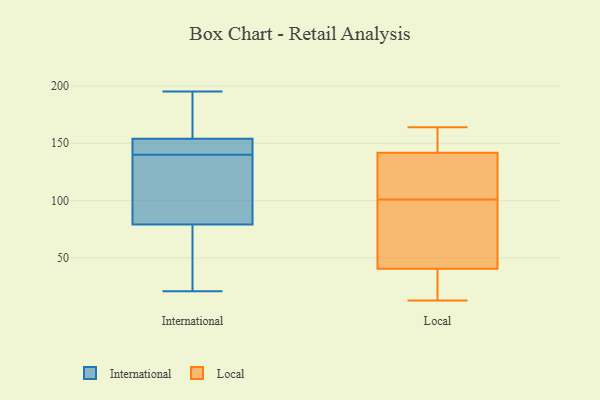
{"axis": {"x": "Waste Production (Tons)", "y": "Value"}, "legend": ["International", "Local"], "data": [{"x": "", "y": 180, "type": "International"}, {"x": "", "y": 68, "type": "International"}, {"x": "", "y": 140, "type": "International"}, {"x": "", "y": 83, "type": "International"}, {"x": "", "y": 195, "type": "International"}, {"x": "", "y": 154, "type": "International"}, {"x": "", "y": 148, "type": "International"}, {"x": "", "y": 154, "type": "International"}, {"x": "", "y": 25, "type": "International"}, {"x": "", "y": 84, "type": "International"}, {"x": "", "y": 127, "type": "International"}, {"x": "", "y": 21, "type": "International"}, {"x": "", "y": 140, "type": "International"}, {"x": "", "y": 139, "type": "Local"}, {"x": "", "y": 24, "type": "Local"}, {"x": "", "y": 150, "type": "Local"}, {"x": "", "y": 118, "type": "Local"}, {"x": "", "y": 39, "type": "Local"}, {"x": "", "y": 41, "type": "Local"}, {"x": "", "y": 101, "type": "Local"}, {"x": "", "y": 164, "type": "Local"}, {"x": "", "y": 81, "type": "Local"}, {"x": "", "y": 111, "type": "Local"}, {"x": "", "y": 68, "type": "Local"}, {"x": "", "y": 13, "type": "Local"}, {"x": "", "y": 153, "type": "Local"}]}